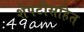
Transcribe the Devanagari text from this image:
शेपटीसहित